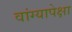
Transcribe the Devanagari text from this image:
वांग्यापेक्षा